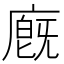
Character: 廐